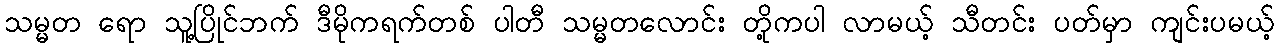
သမ္မတ ရော သူ့ပြိုင်ဘက် ဒီမိုကရက်တစ် ပါတီ သမ္မတလောင်း တို့ကပါ လာမယ့် သီတင်း ပတ်မှာ ကျင်းပမယ့်